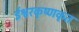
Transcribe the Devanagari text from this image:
ईश्वरकृष्णकृत